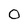
Character: 0